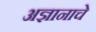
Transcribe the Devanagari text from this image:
अज्ञानाचे